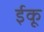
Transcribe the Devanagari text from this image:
ईकू